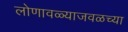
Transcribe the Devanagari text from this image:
लोणावळ्याजवळच्या